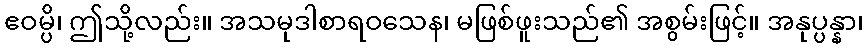
ဧဝမ္ပိ၊ ဤသို့လည်း။ အသမုဒါစာရဝသေန၊ မဖြစ်ဖူးသည်၏ အစွမ်းဖြင့်။ အနုပ္ပန္နာ၊